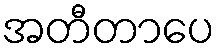
အတီတာပေ